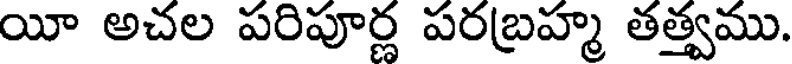
యీ అచల పరిపూర్ణ పరబ్రహ్మ తత్త్వము.